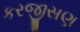
કરજીસણ